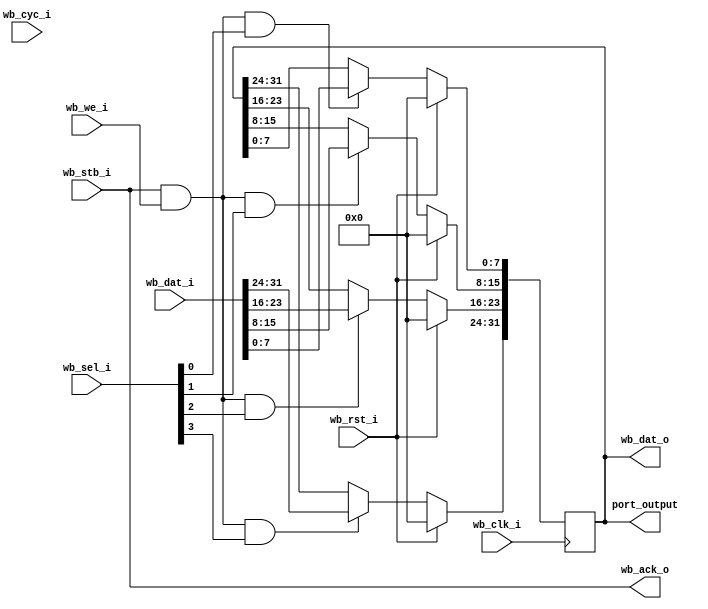
module wb_output_pins32
  (wb_rst_i, wb_clk_i, wb_dat_i, wb_dat_o,
   wb_we_i, wb_sel_i, wb_stb_i, wb_ack_o, wb_cyc_i,
   port_output);

   input wb_rst_i;
   input wb_clk_i;
   input wire [31:0] wb_dat_i;
   output wire [31:0] wb_dat_o;
   input  wb_we_i;
   input  wire [3:0] 	 wb_sel_i;
   input  wb_stb_i;
   output wb_ack_o;
   input  wb_cyc_i;

   output wire [31:0] port_output;

   reg [31:0] internal_reg;

   always @(posedge wb_clk_i)
     if(wb_rst_i)
       internal_reg <= #1 32'b0;
     else
       begin
	  if(wb_stb_i & wb_we_i & wb_sel_i[0])
	    internal_reg[7:0] <= #1 wb_dat_i[7:0];
	  if(wb_stb_i & wb_we_i & wb_sel_i[1])
	    internal_reg[15:8] <= #1 wb_dat_i[15:8];
	  if(wb_stb_i & wb_we_i & wb_sel_i[2])
	    internal_reg[23:16] <= #1 wb_dat_i[23:16];
	  if(wb_stb_i & wb_we_i & wb_sel_i[3])
	    internal_reg[31:24] <= #1 wb_dat_i[31:24];
       end // else: !if(wb_rst_i)

   assign wb_dat_o = internal_reg;
   assign port_output = internal_reg;
   assign wb_ack_o = wb_stb_i;
   	     
endmodule